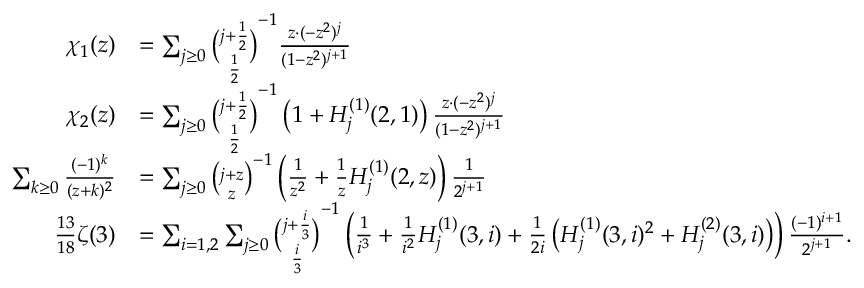
{ \begin{array} { r l } { \chi _ { 1 } ( z ) } & { = \sum _ { j \geq 0 } { \binom { j + { \frac { 1 } { 2 } } } { \frac { 1 } { 2 } } } ^ { - 1 } { \frac { z \cdot ( - z ^ { 2 } ) ^ { j } } { ( 1 - z ^ { 2 } ) ^ { j + 1 } } } } \\ { \chi _ { 2 } ( z ) } & { = \sum _ { j \geq 0 } { \binom { j + { \frac { 1 } { 2 } } } { \frac { 1 } { 2 } } } ^ { - 1 } \left( 1 + H _ { j } ^ { ( 1 ) } ( 2 , 1 ) \right) { \frac { z \cdot ( - z ^ { 2 } ) ^ { j } } { ( 1 - z ^ { 2 } ) ^ { j + 1 } } } } \\ { \sum _ { k \geq 0 } { \frac { ( - 1 ) ^ { k } } { ( z + k ) ^ { 2 } } } } & { = \sum _ { j \geq 0 } { \binom { j + z } { z } } ^ { - 1 } \left( { \frac { 1 } { z ^ { 2 } } } + { \frac { 1 } { z } } H _ { j } ^ { ( 1 ) } ( 2 , z ) \right) { \frac { 1 } { 2 ^ { j + 1 } } } } \\ { { \frac { 1 3 } { 1 8 } } \zeta ( 3 ) } & { = \sum _ { i = 1 , 2 } \sum _ { j \geq 0 } { \binom { j + { \frac { i } { 3 } } } { \frac { i } { 3 } } } ^ { - 1 } \left( { \frac { 1 } { i ^ { 3 } } } + { \frac { 1 } { i ^ { 2 } } } H _ { j } ^ { ( 1 ) } ( 3 , i ) + { \frac { 1 } { 2 i } } \left( H _ { j } ^ { ( 1 ) } ( 3 , i ) ^ { 2 } + H _ { j } ^ { ( 2 ) } ( 3 , i ) \right) \right) { \frac { ( - 1 ) ^ { i + 1 } } { 2 ^ { j + 1 } } } . } \end{array} }